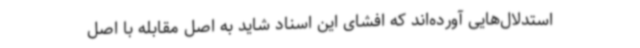
استدلال‌هایی آورده‌اند که افشای این اسناد شاید به اصل مقابله با اصل